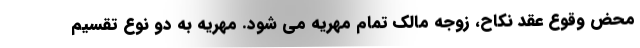
محض وقوع عقد نکاح، زوجه مالک تمام مهریه می شود. مهریه به دو نوع تقسیم